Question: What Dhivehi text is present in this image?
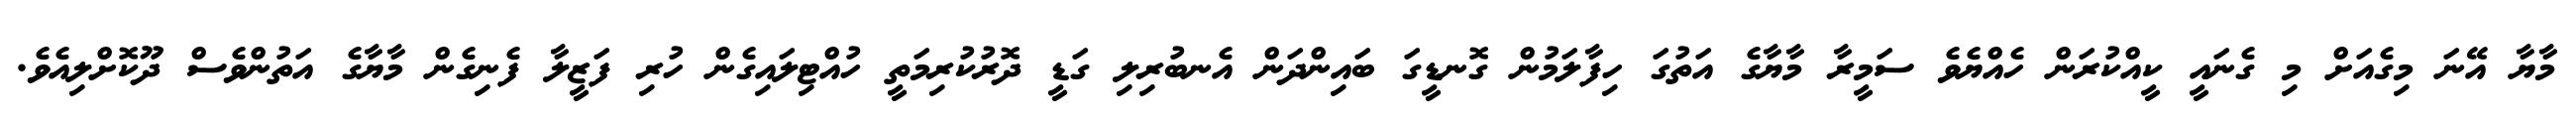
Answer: މާޔާ އޭނަ މިގެއަށް މި ގެނައީ ކީއްކުރަން ހެއްޔެވެ ސަމީރާ މާޔާގެ އަތުގަ ހިފާލަމުން ގޮނޑީގަ ބައިންދަން އެނބުރިލި ގަޑީ ދޮރުކުރިމަތީ ހުއްޓިލައިގެން ހުރި ފަޒީލާ ފެނިގެން މާޔާގެ އަތުންވެސް ދޫކޮށްލިއެވެ.